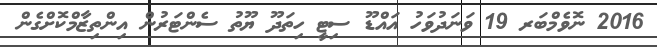
2016 ނޮވެމްބަރ 19 ވަނަދުވަހު އައްޑޫ ސިޓީ ހިތަދޫ ޔޫތު ސެންޓަރުން އިންތިޒާމްކޮށްގެން